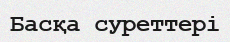
Басқа суреттері